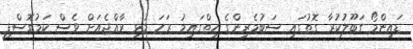
ޑައިންމޯ ގަބޫލުކުރާ ގޮތުގައި ސަބުމެރިންގެ ހިތްގައިމު ރަހަ މުޅި ރާއްޖެއަށް ވެސް ކަމުގޮސްފި